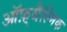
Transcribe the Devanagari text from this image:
ऑफ़्थैल्मिक